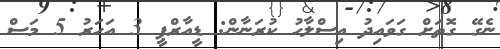
ނެގޭ ގޮތަށް ގަވައިދު އިސްލާހު ކުރަނާން: ޑީއާރްޕީ 3 އަހަރު 5 މަސް